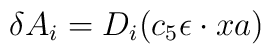
\delta A_i = D_i( c_5 \epsilon\cdot x a)